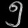
Digit: ၅